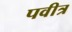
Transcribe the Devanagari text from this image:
पवीत्र